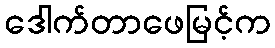
ဒေါက်တာဖေမြင့်က